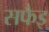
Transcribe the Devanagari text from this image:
सफैइ